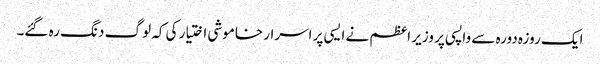
ایک روزہ دورہ سے واپسی پر وزیر اعظم نے ایسی پر اسرار خاموشی اختیار کی کہ لوگ دنگ رہ گئے۔